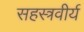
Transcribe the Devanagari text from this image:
सहस्त्रवीर्य